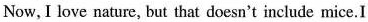
Now,I love nature, but that doesn't include mice.I